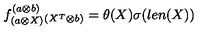
f _ { ( a \otimes X ) } ^ { ( a \otimes b ) } { } _ { ( X ^ { T } \otimes b ) } = \theta ( X ) \sigma ( l e n ( X ) )